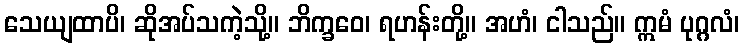
သေယျထာပိ၊ ဆိုအပ်သကဲ့သို့။ ဘိက္ခဝေ၊ ရဟန်းတို့။ အဟံ၊ ငါသည်။ ဣမံ ပုဂ္ဂလံ၊